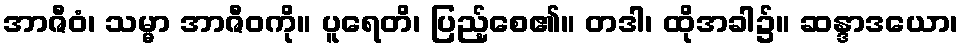
အာဇီဝံ၊ သမ္မာ အာဇီဝကို။ ပူရေတိ၊ ပြည့်စေ၏။ တဒါ၊ ထိုအခါ၌။ ဆန္ဒာဒယော၊